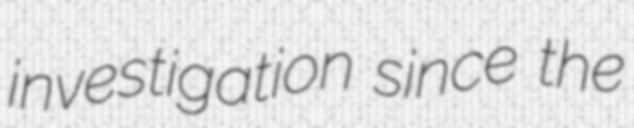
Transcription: investigation since the